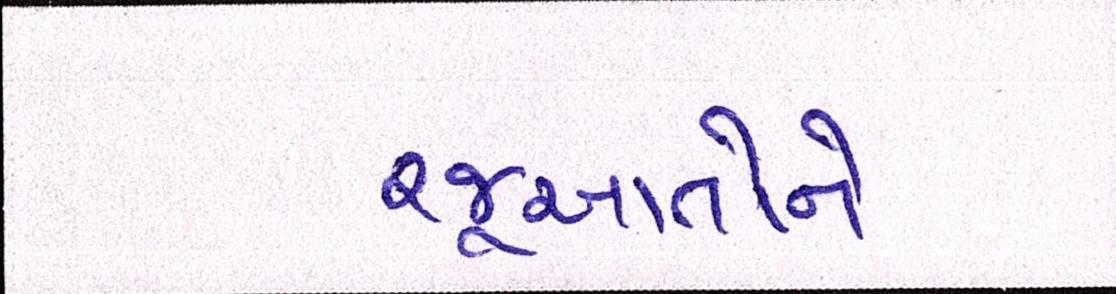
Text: રજૂઆતોને